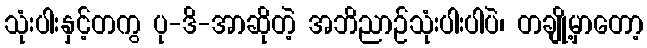
သုံးပါးနှင့်တကွ ပု-ဒိ-အာဆိုတဲ့ အဘိညာဉ်သုံးပါးပါပဲ၊ တချို့မှာတော့